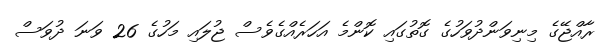
ރާއްޖޭގެ މިނިވަންދުވަހުގެ ގޮތުގައި ކޮންމެ އަހަރެއްގެވެސް ޖުލައި މަހުގެ 26 ވަނަ ދުވަސް